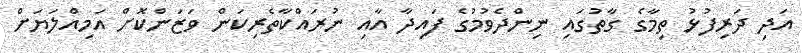
އަދި ދަރިފުޅު ތިމާގެ ގާތުގައި ނިންދެވުމުގެ ފައިދާ އާއި ނުރައްކާތެރިކަން ވަޒަންކޮށް އަމިއްލަޔަށް